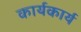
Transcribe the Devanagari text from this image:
कार्यकार्य